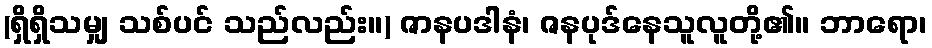
(ရှိရှိသမျှ သစ်ပင် သည်လည်း။) ဇာနပဒါနံ၊ ဇနပုဒ်နေသူလူတို့၏။ ဘာရော၊